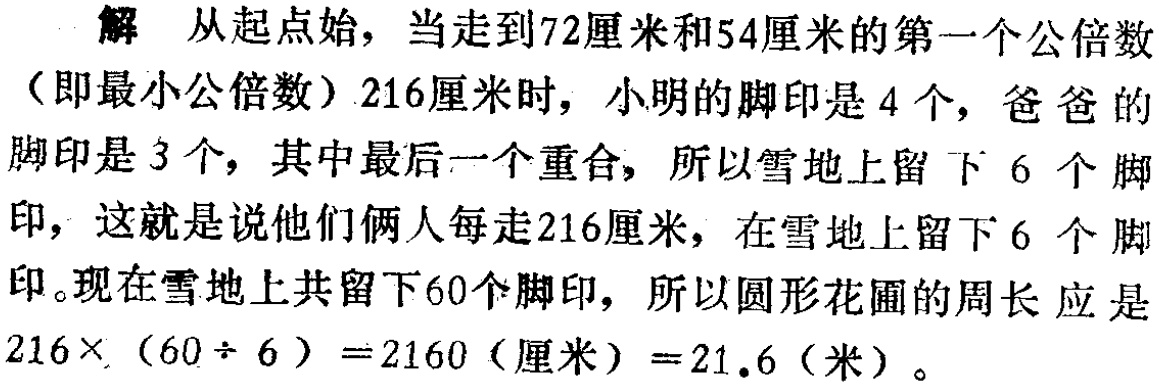
解 从起点始，当走到72厘米和54厘米的第一个公倍数（即最小公倍数）216厘米时，小明的脚印是4个，爸爸的脚印是3个，其中最后一个重合，所以雪地上留下6个脚印，这就是说他们俩人每走216厘米，在雪地上留下6个脚印。现在雪地上共留下60个脚印，所以圆形花圃的周长应是$216\times(60\div 6)=2160$（厘米）$ = 21.6$（米）。